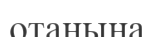
отаныңа